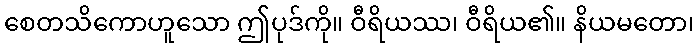
စေတသိကောဟူသော ဤပုဒ်ကို။ ဝီရိယဿ၊ ဝီရိယ၏။ နိယမတော၊